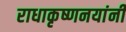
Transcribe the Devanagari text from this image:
राधाकृष्णनयांनी